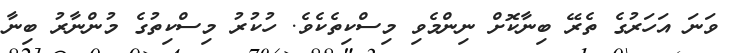
ވަނަ އަހަރުގެ ތެރޭ ބިނާކޮށް ނިންމެވި މިސްކިތެކެވެ. ހުކުރު މިސްކިތުގެ މުންނާރު ބިނާ